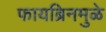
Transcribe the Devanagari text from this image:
फायब्रिनमुळे